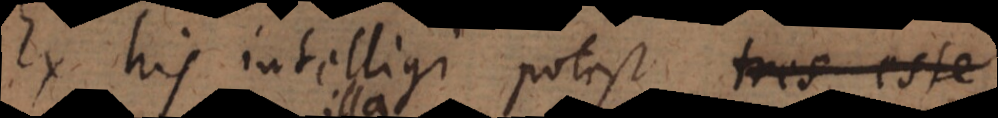
Ex his intelligi potest secundum